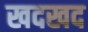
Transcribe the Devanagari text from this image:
खदखद